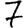
Digit: 7